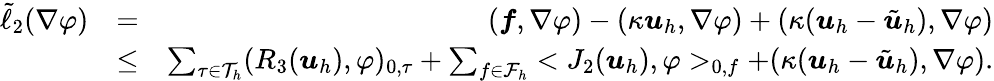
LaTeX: \begin{array}{rlr}{\tilde{\ell}_{2}(\nabla\varphi)}&{=}&{(\boldsymbol{f},\nabla\varphi)-(\kappa\boldsymbol{u}_{h},\nabla\varphi)+(\kappa(\boldsymbol{u}_{h}-\tilde{\boldsymbol{u}}_{h}),\nabla\varphi)}\\ &{\leq}&{\sum_{\tau\in\mathcal{T}_{h}}(R_{3}(\boldsymbol{u}_{h}),\varphi)_{0,\tau}+\sum_{f\in\mathcal{F}_{h}}<J_{2}(\boldsymbol{u}_{h}),\varphi>_{0,f}+(\kappa(\boldsymbol{u}_{h}-\tilde{\boldsymbol{u}}_{h}),\nabla\varphi).}\end{array}